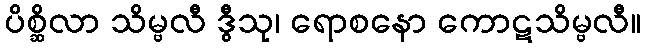
ပိစ္ဆိလာ သိမ္ဗလီ ဒွီသု၊ ရောစနော ကောဋသိမ္ဗလီ။